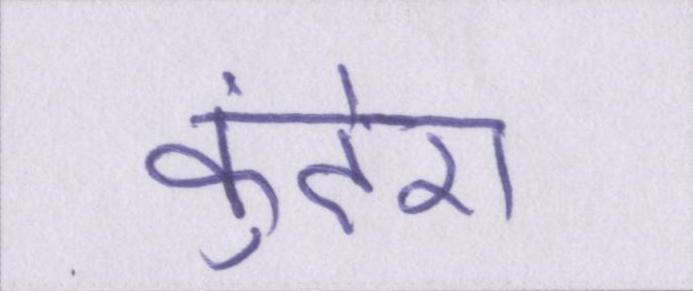
कुंदेरा